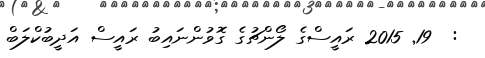
:  19